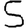
Digit: 5